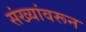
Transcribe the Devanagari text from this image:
संख्यांवरून